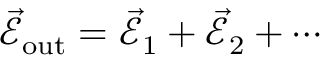
\vec { \mathcal { E } } _ { \mathrm { o u t } } = \vec { \mathcal { E } } _ { 1 } + \vec { \mathcal { E } } _ { 2 } + \cdots